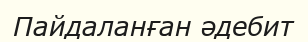
Пайдаланған әдебит